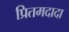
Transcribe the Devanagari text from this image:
प्रितमदादा